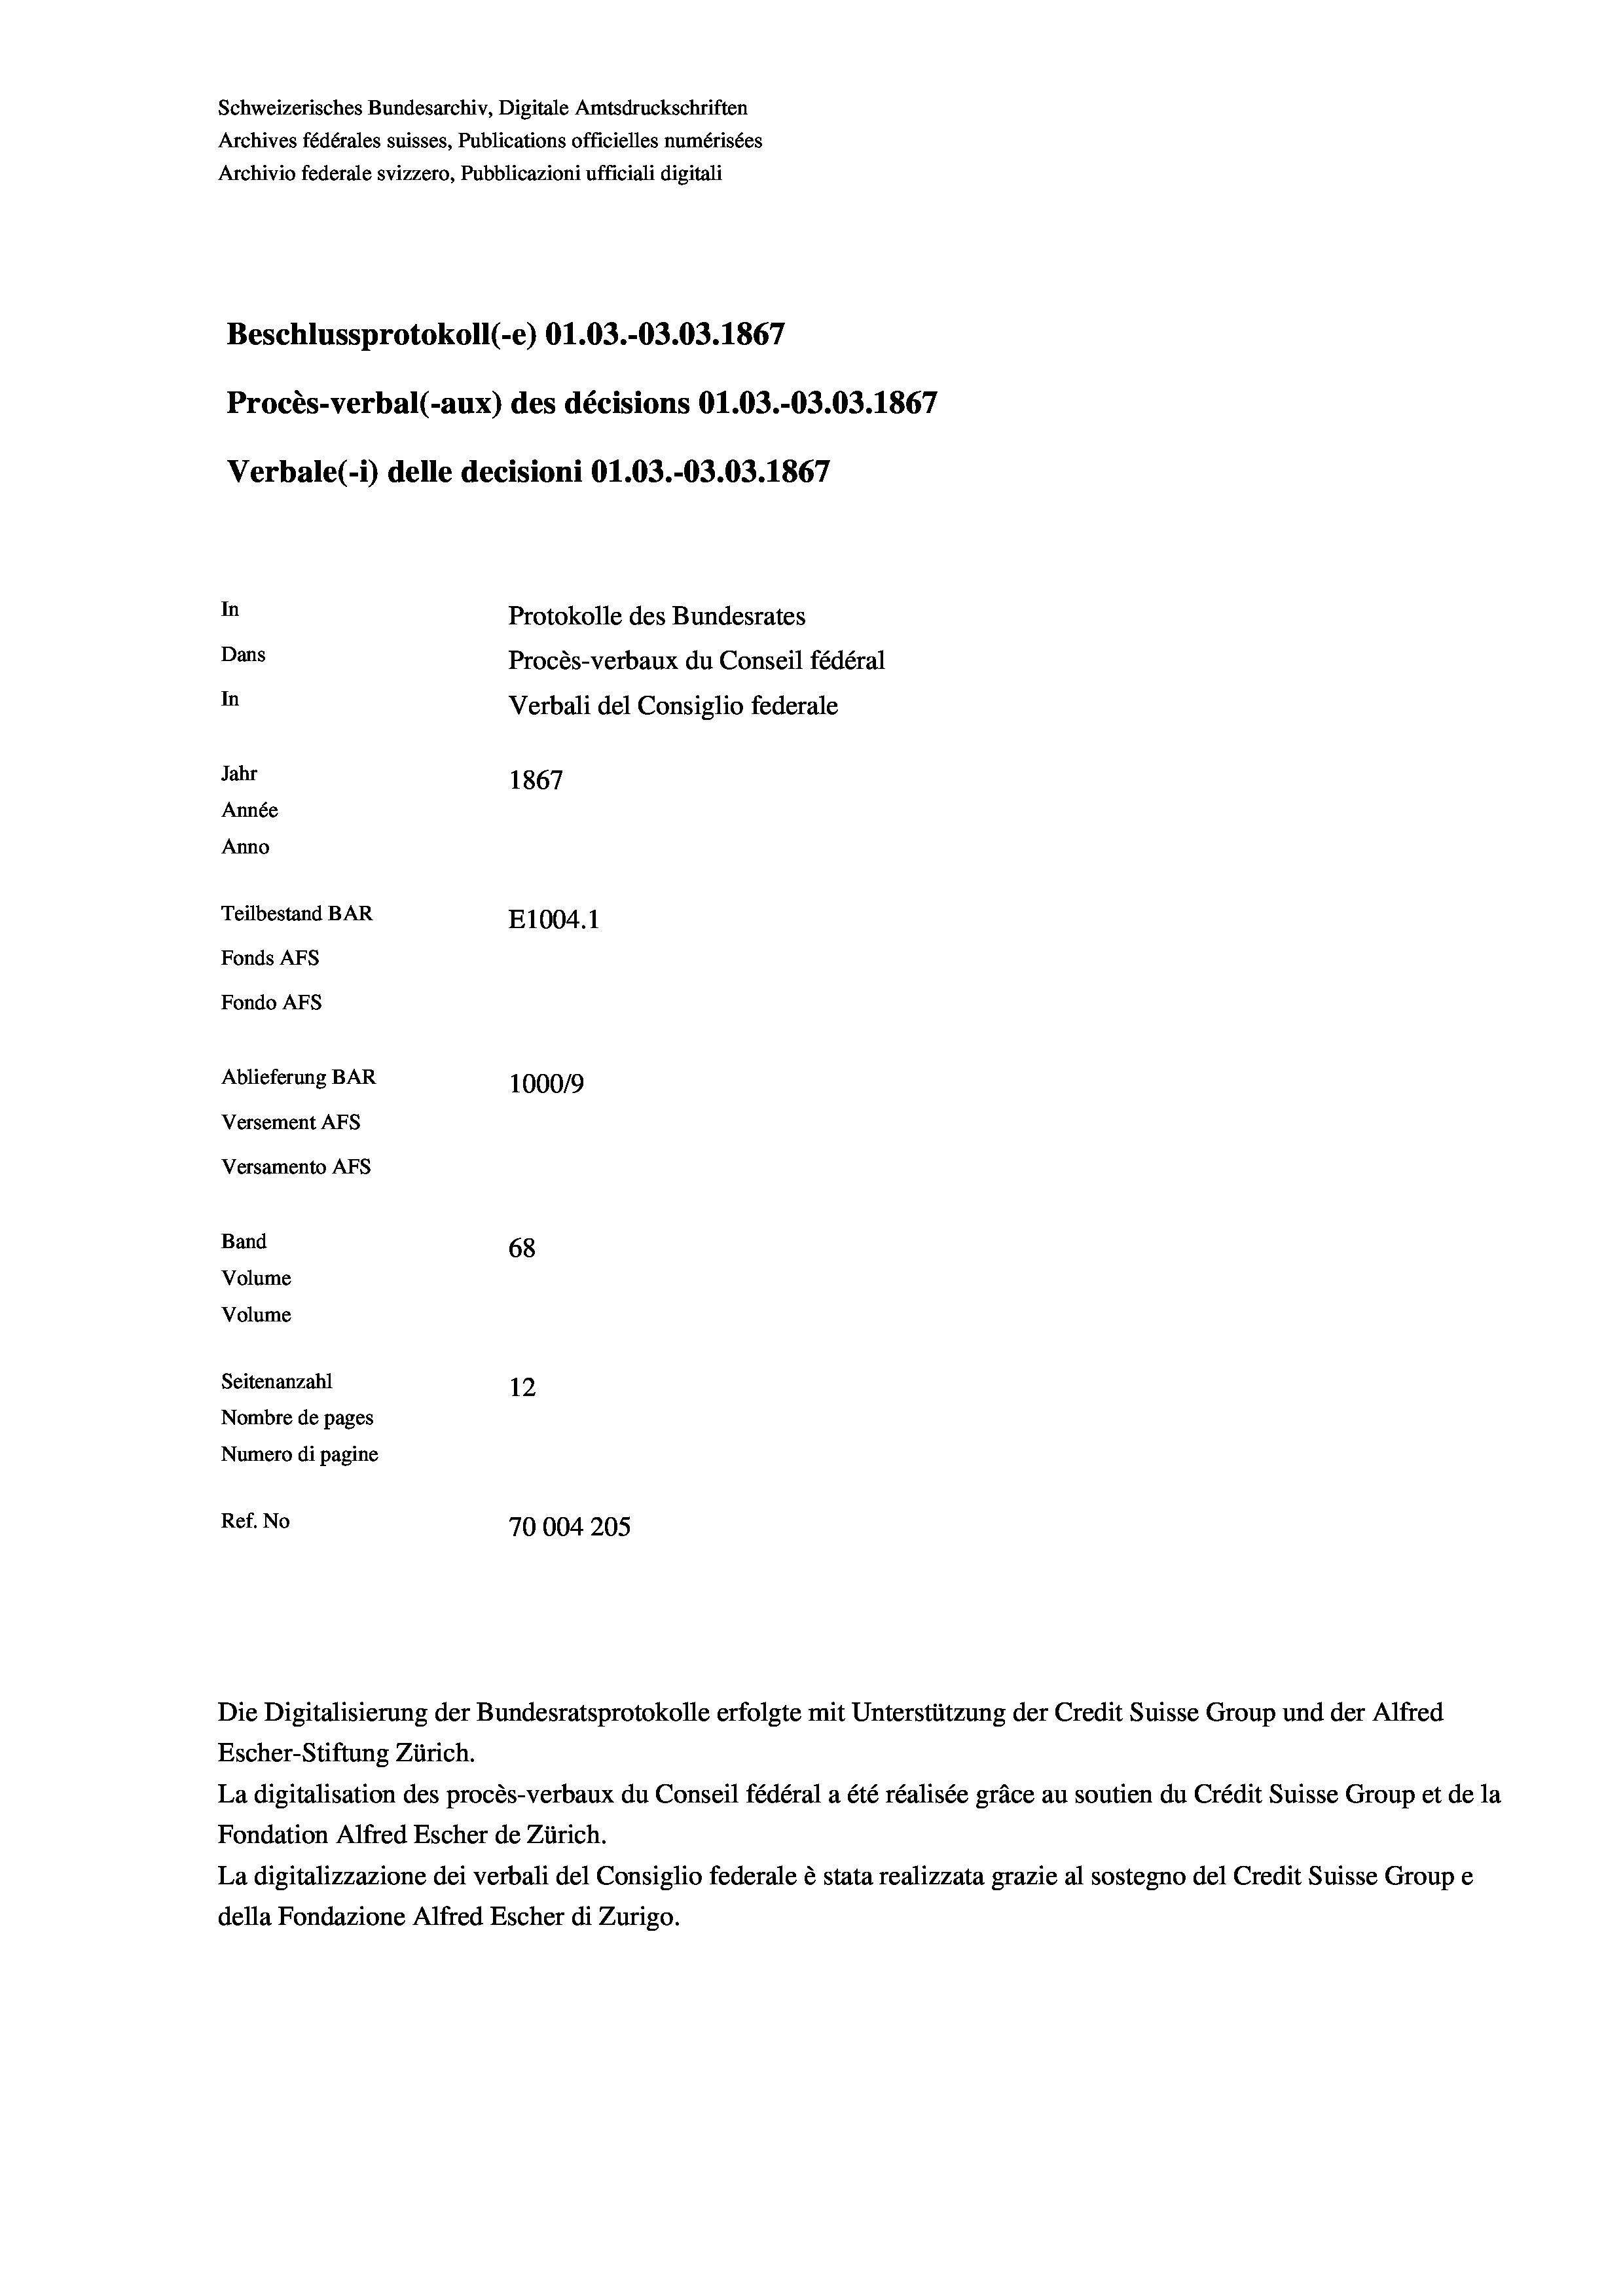
Schweizerisches Bundesarchiv, Digitale Amtsdruckschriften
Archives fédérales suisses, Publications officielles numérisées
Archivio federale svizzero, Pubblicazioni ufficiali digitali
Beschlussprotokoll (-e) O1.03.-03.03. 1867
Procès-verbal (-aux) des décisions O1.03.-03.03. 1867
Verbale(-*) delle decisioni O1.03.-03.03. 1867
In
Protokolle des Bundesrates
Dans
Procès-verbaux du Conseil fédéral
In
Verbali del Consiglio federale
Jahr
1867
Année
Anno
Teilbestand BAR
E1004.1
Fonds AFs
Fondo AFS
Ablieferung BAR
100019

Versement AFs
Versamento AFs
Band
68
Volume
Volume
Seitenanzahl

12
Nombre de pages
Numero di pagine
Ref. No
70004205

Escher-Stiftung Zürich.
La digitalisation des procès-verbaux du Conseil fédéral a été réalisée gräce au soutien du Crédit Suisse Group et de la
Fondation Alfred Escher de Zürich.
La digitalizzazione dei verbali del Consiglio federale è stata realizzata grazie al sostegno del Credit Suisse Groupe
della Fondazione Alfred Escher di Zurigo.

Die Digitalisierung der Bundesratsprotokolle erfolgte mit Unterstützung der Credit Suisse Group und der Alfred